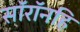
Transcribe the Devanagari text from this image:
सॉरॉनहि